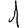
Digit: 1